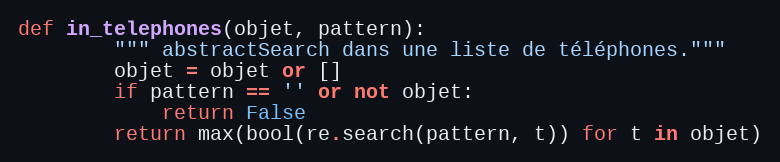
Language: Python
def in_telephones(objet, pattern):
        """ abstractSearch dans une liste de téléphones."""
        objet = objet or []
        if pattern == '' or not objet:
            return False
        return max(bool(re.search(pattern, t)) for t in objet)